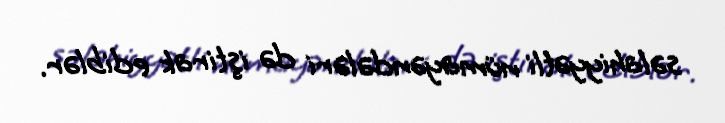
səlahiyyətli nümayəndələri də iştirak ediblər.